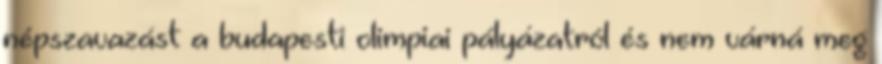
népszavazást a budapesti olimpiai pályázatról és nem várná meg